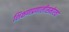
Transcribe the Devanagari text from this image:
शिक्षणप्रणालीसमोरचा